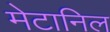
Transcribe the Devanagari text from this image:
मेटानिल